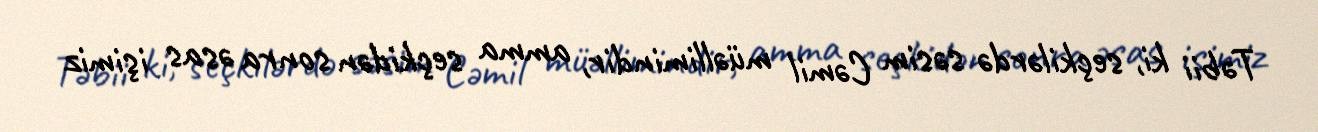
Təbii ki, seçkilərdə səsim Cəmil müəllimindir, amma seçkidən sonra əsas işimiz